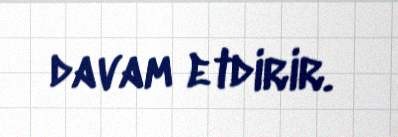
davam etdirir.